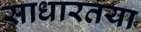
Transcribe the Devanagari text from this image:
साधारतया